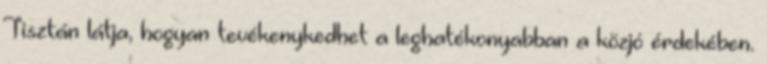
Tisztán látja, hogyan tevékenykedhet a leghatékonyabban a közjó érdekében.